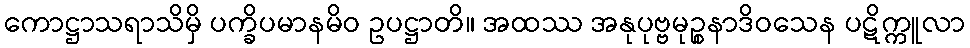
ကောဋ္ဌာသရာသိမှိ ပက္ခိပမာနမိဝ ဥပဋ္ဌာတိ။ အထဿ အနုပုဗ္ဗမုဉ္စနာဒိဝသေန ပဋိက္ကူလာ